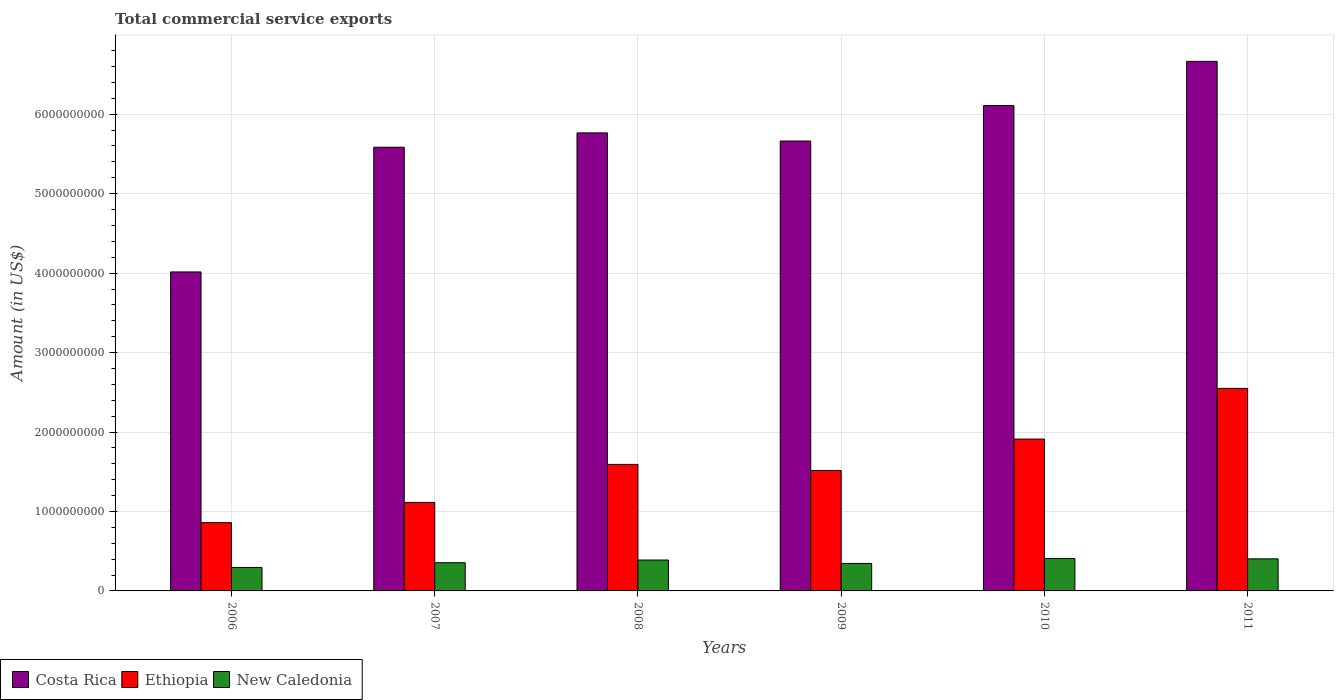
| Years | Costa Rica | Ethiopia | New Caledonia |
 | --- | --- | --- | --- |
 | 2006 | 4.01e+09 | 8.59e+08 | 2.96e+08 |
 | 2007 | 5.58e+09 | 1.11e+09 | 3.55e+08 |
 | 2008 | 5.76e+09 | 1.59e+09 | 3.89e+08 |
 | 2009 | 5.66e+09 | 1.52e+09 | 3.46e+08 |
 | 2010 | 6.11e+09 | 1.91e+09 | 4.09e+08 |
 | 2011 | 6.67e+09 | 2.55e+09 | 4.04e+08 |